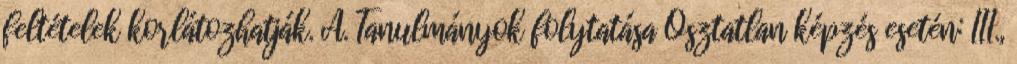
feltételek korlátozhatják. A. Tanulmányok folytatása Osztatlan képzés esetén: III.,